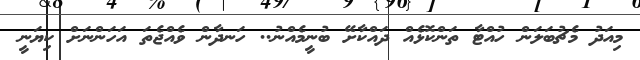
މިއަދު މެޗުބަލަން ހުއްޓާ ތަންކޮޅެއް ދައްކާށޭ ބުނީމެއްނު.. ހަނދާން ވެއްޖެތަ އަހަންނަށް ކިޔަނީ